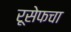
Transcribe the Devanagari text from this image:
रूसेफचा